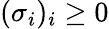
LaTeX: (\sigma_{i})_{i}\geq 0